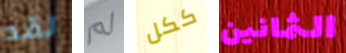
لقد لم ككل الثمانين